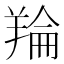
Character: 𮊬